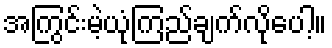
အကြွင်းမဲ့ယုံကြည်ချက်လိုပေါ့။